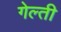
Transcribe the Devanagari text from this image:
गेल्ती